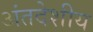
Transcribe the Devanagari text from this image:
अंतदेशीय